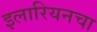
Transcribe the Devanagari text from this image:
इलारियनचा